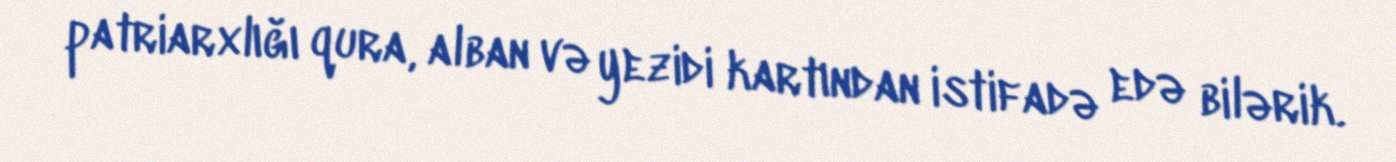
patriarxlığı qura, alban və yezidi kartından istifadə edə bilərik.